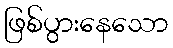
ဖြစ်ပွားနေသော